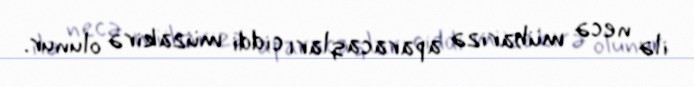
ilə necə mübarizə aparacaqları ciddi müzakirə olunur.